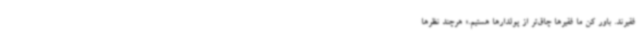
فقیرند. باور کن ما فقیرها چاق‌تر از پولدارها هستیم.» هرچند نظرها